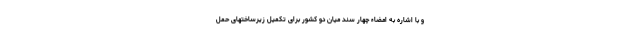
و با اشاره به امضاء چهار سند میان دو کشور برای تکمیل زیرساختهای حمل